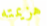
هزيمته